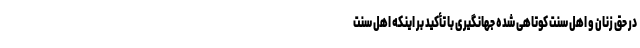
در حق زنان و اهل سنت کوتاهی شده جهانگیری با تأکید بر اینکه اهل سنت